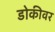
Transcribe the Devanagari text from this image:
डोकीवर